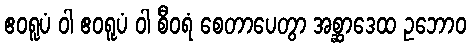
ဧဝရူပံ ဝါ ဧဝရူပံ ဝါ စီဝရံ စေတာပေတွာ အစ္ဆာဒေထ ဥဘောဝ